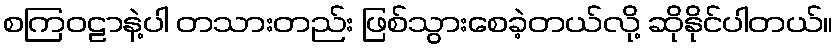
စကြဝဠာနဲ့ပါ တသားတည်း ဖြစ်သွားစေခဲ့တယ်လို့ ဆိုနိုင်ပါတယ်။